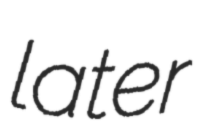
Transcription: later